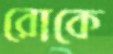
রোকে